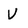
Character: V